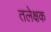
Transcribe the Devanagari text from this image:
तलेक्षक